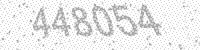
Solution: 448054